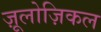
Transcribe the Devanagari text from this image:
ज़ूलोज़िकल